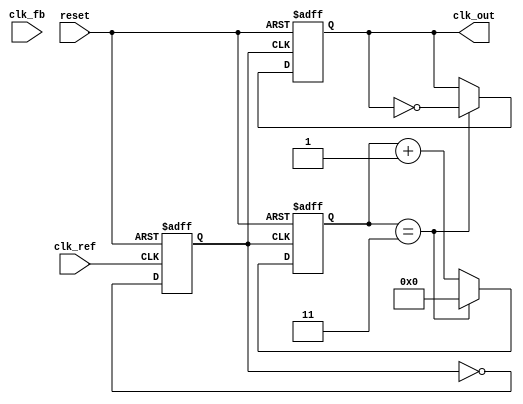
module cp_pll (
    input wire clk_ref,           // Reference clock input
    input wire clk_fb,            // Feedback clock from VCO
    input wire reset,             // Asynchronous reset
    output wire clk_out           // Output clock
);

// Parameters
parameter N = 4;                 // Division ratio for frequency divider
parameter CP_UP_CURRENT = 1;     // Charge pump UP current
parameter CP_DOWN_CURRENT = 1;    // Charge pump DOWN current
parameter VCO_MAX_FREQ = 100;     // Max VCO frequency
parameter VCO_MIN_FREQ = 10;      // Min VCO frequency

// PFD signals
reg up, down;
reg clk_ref_d, clk_fb_d;

// Charge Pump signals
reg [7:0] charge_pump_output; // Output of the charge pump
reg [7:0] loop_filter_output;  // Output of the loop filter

// VCO frequency control
reg [7:0] vco_control_voltage; // Control voltage for VCO
reg clk_vco;                   // VCO output clock

// Frequency Divider
reg [N-1:0] divider_count;
reg clk_div;

// Phase Frequency Detector (PFD)
always @(posedge clk_ref or posedge reset) begin
    if (reset) begin
        up <= 0;
        down <= 0;
        clk_ref_d <= 0;
        clk_fb_d <= 0;
    end else begin
        clk_ref_d <= clk_ref;
        clk_fb_d <= clk_fb;
        if (clk_ref_d && !clk_ref) begin
            if (!clk_fb_d) begin
                up <= 1; // Reference clock leads feedback clock
                down <= 0;
            end else begin
                up <= 0;
                down <= 0; // Both clocks are aligned
            end
        end else if (clk_fb_d && !clk_fb) begin
            up <= 0;
            down <= 1; // Feedback clock leads reference clock
        end
    end
end

// Charge Pump
always @(posedge clk_ref or posedge reset) begin
    if (reset) begin
        charge_pump_output <= 0;
    end else begin
        if (up) begin
            charge_pump_output <= charge_pump_output + CP_UP_CURRENT;
        end else if (down) begin
            charge_pump_output <= charge_pump_output - CP_DOWN_CURRENT;
        end
    end
end

// Loop Filter (simple integrator)
always @(posedge clk_ref or posedge reset) begin
    if (reset) begin
        loop_filter_output <= 0;
    end else begin
        loop_filter_output <= charge_pump_output; // Simple case, can be more complex
    end
end

// VCO (simple model)
always @(posedge clk_ref or posedge reset) begin
    if (reset) begin
        vco_control_voltage <= 0;
        clk_vco <= 0;
    end else begin
        vco_control_voltage <= loop_filter_output; // Control voltage from loop filter
        // Generate VCO output based on control voltage
        if (vco_control_voltage > VCO_MAX_FREQ) begin
            vco_control_voltage <= VCO_MAX_FREQ;
        end else if (vco_control_voltage < VCO_MIN_FREQ) begin
            vco_control_voltage <= VCO_MIN_FREQ;
        end
        // Simple frequency generation based on control voltage
        clk_vco <= ~clk_vco; // Toggle for demonstration
    end
end

// Frequency Divider
always @(posedge clk_vco or posedge reset) begin
    if (reset) begin
        divider_count <= 0;
        clk_div <= 0;
    end else begin
        divider_count <= divider_count + 1;
        if (divider_count == (N-1)) begin
            clk_div <= ~clk_div; // Toggle output clock
            divider_count <= 0;
        end
    end
end

// Output clock
assign clk_out = clk_div;

endmodule